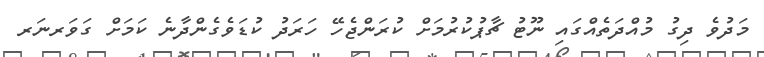
މަދުވެ ދިގު މުއްދަތެއްގައި ނޫޓު ޗާޕުކުރުމަށް ކުރަންޖެހޭ ހަރަދު ކުޑަވެގެންދާނެ ކަމަށް ގަވަރނަރ